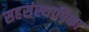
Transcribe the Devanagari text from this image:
सहसंस्थापिका